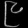
Digit: ၉